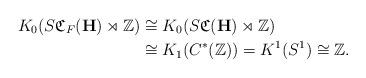
LaTeX: \begin{align*} K_0(S{\frak C}_F({\bf H}) \rtimes {\mathbb Z})& \cong K_0(S{\frak C}({\bf H}) \rtimes {\mathbb Z}) \\ & \cong K_1(C^*({\mathbb Z})) = K^1(S^1) \cong {\mathbb Z}. \end{align*}